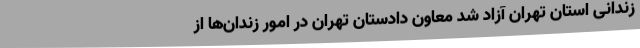
زندانی استان تهران آزاد شد معاون دادستان تهران در امور زندان‌ها از